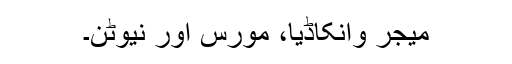
میجر وانکاڈیا، مورس اور نیوٹن۔